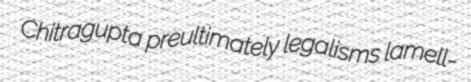
Chitragupta preultimately legalisms lamell-